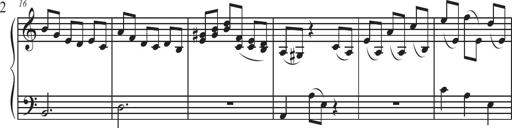
Title: Sonatina Espania
Composer: Jerald Franklin Archer
Key: Various